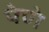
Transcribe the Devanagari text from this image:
पेणे